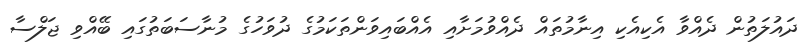
ދައުލަތުން ދެއްވާ އެކިއެކި އިނާމުތައް ދެއްވުމަށާއި އެއްބައިވަންތަކަމުގެ ދުވަހުގެ މުނާސަބަތުގައި ބޭއްވި ޖަލްސާ